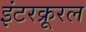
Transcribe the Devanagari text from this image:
इंटरक्रूरल